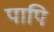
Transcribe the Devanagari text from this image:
पापि